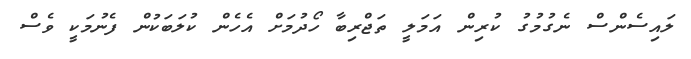
ލައިސެންސް ނެގުމުގު ކުރިން އަމަލީ ތަޖްރިބާ ހޯދުމަށް އެހެން ކުލަބަކުން ފެނުމަކީ ވެސް